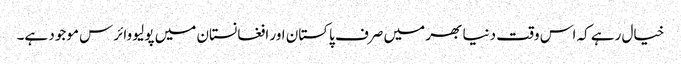
خیال رہے کہ اس وقت دنیا بھر میں صرف پاکستان اور افغانستان میں پولیو وائرس موجود ہے۔